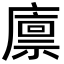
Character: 廪